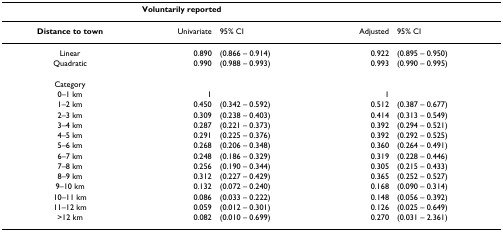
<table><thead><tr><td></td><td colspan="4"><b>Voluntarily reported</b></td></tr></thead><tbody><tr><td><b>Distance to town</b></td><td>Univariate</td><td>95% CI</td><td>Adjusted</td><td>95% CI</td></tr><tr><td>Linear</td><td>0.890</td><td>(0.866 – 0.914)</td><td>0.922</td><td>(0.895 – 0.950)</td></tr><tr><td>Quadratic</td><td>0.990</td><td>(0.988 – 0.993)</td><td>0.993</td><td>(0.990 – 0.995)</td></tr><tr><td>Category</td><td></td><td></td><td></td><td></td></tr><tr><td>0–1 km</td><td>1</td><td></td><td>1</td><td></td></tr><tr><td>1–2 km</td><td>0.450</td><td>(0.342 – 0.592)</td><td>0.512</td><td>(0.387 – 0.677)</td></tr><tr><td>2–3 km</td><td>0.309</td><td>(0.238 – 0.403)</td><td>0.414</td><td>(0.313 – 0.549)</td></tr><tr><td>3–4 km</td><td>0.287</td><td>(0.221 – 0.373)</td><td>0.392</td><td>(0.294 – 0.521)</td></tr><tr><td>4–5 km</td><td>0.291</td><td>(0.225 – 0.376)</td><td>0.392</td><td>(0.292 – 0.525)</td></tr><tr><td>5–6 km</td><td>0.268</td><td>(0.206 – 0.348)</td><td>0.360</td><td>(0.264 – 0.491)</td></tr><tr><td>6–7 km</td><td>0.248</td><td>(0.186 – 0.329)</td><td>0.319</td><td>(0.228 – 0.446)</td></tr><tr><td>7–8 km</td><td>0.256</td><td>(0.190 – 0.344)</td><td>0.305</td><td>(0.215 – 0.433)</td></tr><tr><td>8–9 km</td><td>0.312</td><td>(0.227 – 0.429)</td><td>0.365</td><td>(0.252 – 0.527)</td></tr><tr><td>9–10 km</td><td>0.132</td><td>(0.072 – 0.240)</td><td>0.168</td><td>(0.090 – 0.314)</td></tr><tr><td>10–11 km</td><td>0.086</td><td>(0.033 – 0.222)</td><td>0.148</td><td>(0.056 – 0.392)</td></tr><tr><td>11–12 km</td><td>0.059</td><td>(0.012 – 0.301)</td><td>0.126</td><td>(0.025 – 0.649)</td></tr><tr><td>&gt;12 km</td><td>0.082</td><td>(0.010 – 0.699)</td><td>0.270</td><td>(0.031 – 2.361)</td></tr></tbody></table>